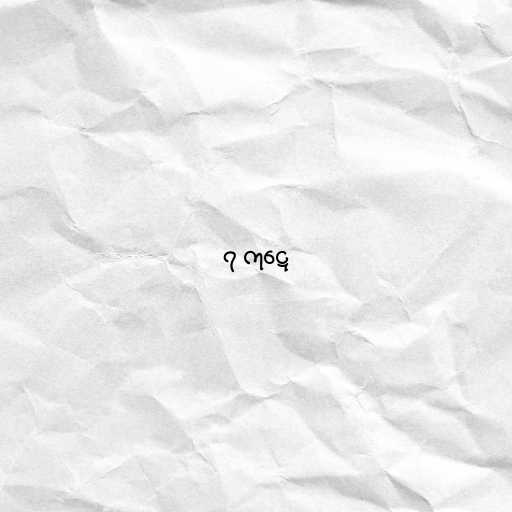
၇ ကုဋေ